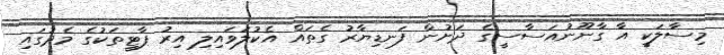
މިސާލަކީ އާ ގާނޫނުއަސާސީގެ ދަށުން ފަނޑިޔާރު ގެތައް އެކުލަވައިލި އިރު ޕާޓީތަކުގެ މެދުގައި